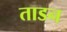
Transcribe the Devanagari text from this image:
ताडन